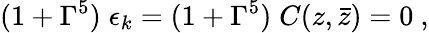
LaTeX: (1+\Gamma^{5})\; \epsilon_{k}=(1+\Gamma^{5})\; C(z,\bar{z})=0\ ,